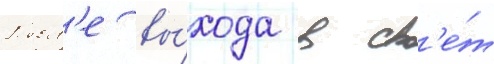
Посл'е вы́хода в св'е́т